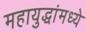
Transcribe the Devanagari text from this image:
महायुद्धांमध्ये